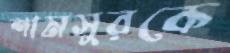
শামসুরকে